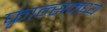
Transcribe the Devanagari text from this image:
फ़्रान्समध्ये